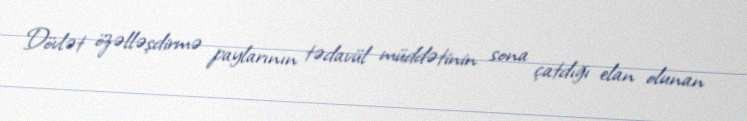
Dövlət özəlləşdirmə paylarının tədavül müddətinin sona çatdığı elan olunan